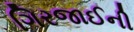
ગિરજાઈની